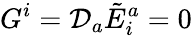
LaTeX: G^{i}={\mathcal{D}}_{a}{\tilde{E}}_{i}^{a}=0